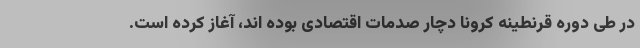
در طی دوره قرنطینه کرونا دچار صدمات اقتصادی بوده اند، آغاز کرده است.